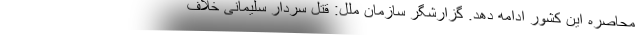
محاصره این کشور ادامه دهد. گزارشگر سازمان ملل: قتل سردار سلیمانی خلاف